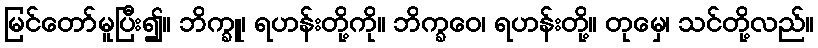
မြင်တော်မူပြီး၍။ ဘိက္ခူ၊ ရဟန်းတို့ကို။ ဘိက္ခဝေ၊ ရဟန်းတို့။ တုမှေ၊ သင်တို့လည်။